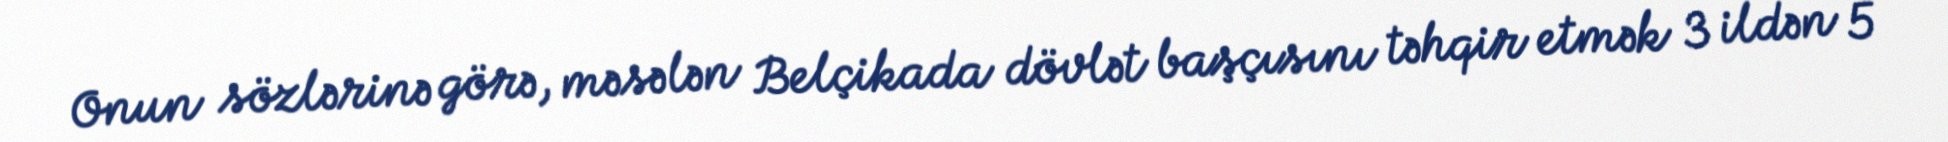
Onun sözlərinə görə, məsələn Belçikada dövlət başçısını təhqir etmək 3 ildən 5